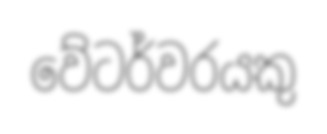
වේටර්වරයකු